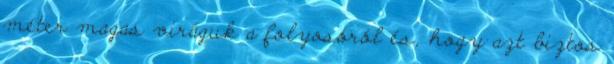
méter magas viráguk a folyosóról és, hogy azt biztos